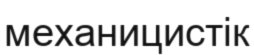
механицистік